Sanitation, dispensaries and jails vaccination Rajputana 1922-1927 - 1922-1927
Year: 1922
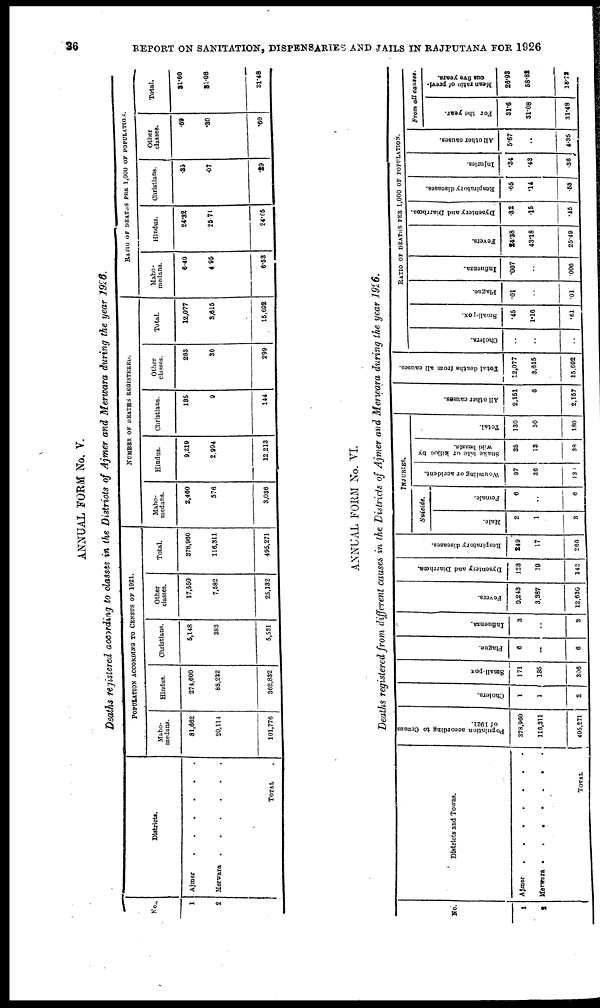
36
REPORT ON SANITATION, DISPENSARIES AND JAILS IN RAJPUTANA FOR 1926
ANNUAL FORM No. V.
Deaths registered according to classes in the Districts of Ajmer and Merwara during the year 1926.
No.
1
2
Districts.
Ajmer
.
.
.
.
.
Merwara
.
.
.
.
TOTAL .
POPULATION ACCORDING TO CENSUS OF 1921.
Maho-
medans.
31,662
20,114
101,776
Hindus.
274,600
88,232
362,832
Christians.
5,148
383
5,531
Other
classes.
17,550
7,582
25,132
Total.
378,960
116,311
495,271
NUMBER OF DEATHS REGISTERED.
Maho-
medans.
2,460
576
3,036
Hindus.
9,219
2,994
12,213
Christians.
135
9
144
Other
classes.
263
36
299
Total.
12,077
3,615
15,692
RATIO DEATHS PER 1,000 OF POPULATION.
Maho-
medans.
6.49
4.95
6.53
Hindus.
24.32
25.71
24.65
Christians.
.35
.07
.29
Other
classes.
.69
.30
.60
Total.
31.60
31.08
31.48
ANNUAL FORM No. VI.
Deaths registered from different causes in the Districts of Ajmer and Merwara during the year 1926.
No.
1
2
Districts and Towns.
Ajmer . . . . . . .
Merwara . . . . . .
TOTAL
Population according to Census
of 1921.
378,960
116,311
495,271
Cholera.
1
1
2
Small-pox
171
135
306
Plague.
6
..
6
Influenza.
3
..
3
Fevers.
9,243
3,387
12,636
Dysentery and Diarrhœa.
123
19
142
Respiratory diseases.
249
17
266
INJURIES.
Suicide.
Male.
2
1
3
Female.
6
..
6
Wounding or accident.
97
36
136
Snake bite or killed by
wild beasts.
25
13
38
Total.
130
50
180
All other causes.
2,151
6
2,157
Total deaths from all causes.
12,077
3,615
15,692
RATIO OF DEATHS PER 1,000 OF POPULATION.
Cholera.
..
..
..
Small-pox.
.45
1.16
.61
Plague.
.01
..
.01
Influenza.
.007
..
.006
Fevers.
24.38
43.18
25.49
Dysentery and Diarrhœa.
.32
.15
.45
Respiratory diseases.
.65
.14
.53
Injuries.
.34
.43
.36
All other causes.
5.67
..
4.35
From all causes.
For the year.
31.6
31.08
31.48
Mean ratio of previ-
ous five years.
26.93
58.82
18.72